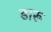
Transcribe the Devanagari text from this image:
डारू